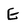
Character: E